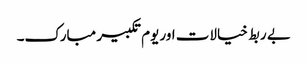
بے ربط خیالات اور یوم تکبیر مبارک۔